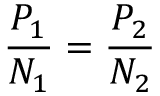
{ \frac { P _ { 1 } } { N _ { 1 } } } = { \frac { P _ { 2 } } { N _ { 2 } } }